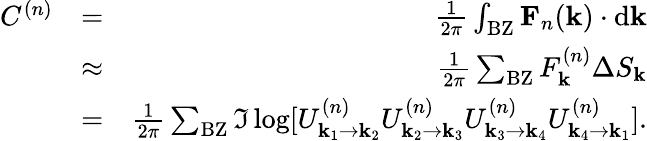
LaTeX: \begin{array}{rlr}{C^{(n)}}&{=}&{\frac{1}{2\pi}\int_{\mathrm{BZ}}\mathbf{F}_{n}(\mathbf{k})\cdot\mathrm{d}\mathbf{k}}\\ &{\approx}&{\frac{1}{2\pi}\sum_{\mathrm{BZ}}F_{\mathbf{k}}^{(n)}\Delta S_{\mathbf{k}}}\\ &{=}&{\frac{1}{2\pi}\sum_{\mathrm{BZ}}\Im\log[U_{\mathbf{k}_{1}\rightarrow\mathbf{k}_{2}}^{(n)}U_{\mathbf{k}_{2}\rightarrow\mathbf{k}_{3}}^{(n)}U_{\mathbf{k}_{3}\rightarrow\mathbf{k}_{4}}^{(n)}U_{\mathbf{k}_{4}\rightarrow\mathbf{k}_{1}}^{(n)}].}\end{array}